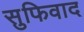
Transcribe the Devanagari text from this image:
सुफिवाद